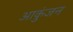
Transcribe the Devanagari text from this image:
आकुंजन